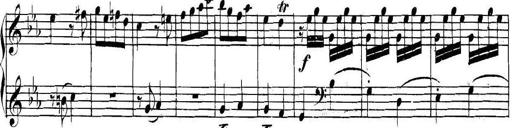
Title: Collected Piano Sonatas
Composer: Muzio Clementi